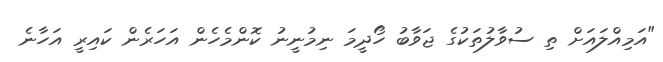
"އަމިއްލައަށް ތި ސުވާލުތަކުގެ ޖަވާބު ހޯދީމަ ނިމުނީނު ކޮންމެހެން އަހަރެން ކައިރީ އަހާނެ